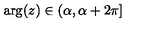
\arg ( z ) \in ( \alpha , \alpha + 2 \pi ] \protect